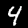
Digit: 4